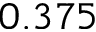
0 . 3 7 5